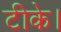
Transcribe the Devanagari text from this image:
टीके।